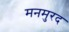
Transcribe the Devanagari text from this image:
मनमुरद